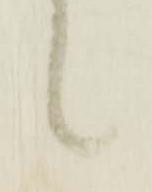
候